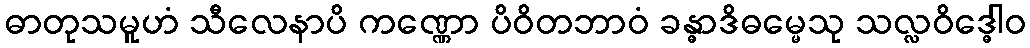
ဓာတုသမူဟံ သီလေနာပိ ကဏ္ဏော ပိဝိတဘာဝံ ခန္ဓာဒိဓမ္မေသု သလ္လဝိဒ္ဓေါဝ